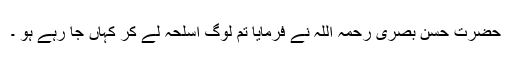
حضرت حسن بصری رحمہ اللہ نے فرمایا تم لوگ اسلحہ لے کر کہاں جا رہے ہو ۔